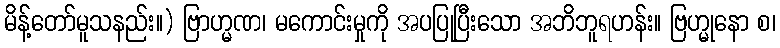
မိန့်တော်မူသနည်း။) ဗြာဟ္မဏ၊ မကောင်းမှုကို အပပြုပြီးသော အဘိဘူရဟန်း။ ဗြဟ္မုနော စ၊